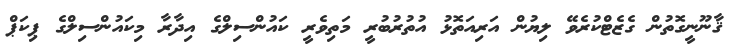
ޤާނޫނީގޮތުން ގެޒެޓްކުރެވޭ ލިޔުން އަރިއަތޮޅު އުތުރުބުރީ މަތިވެރީ ކައުންސިލްގެ އިދާރާ މިކައުންސިލްގެ ޕިކަޕް